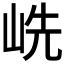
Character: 𱛥